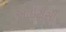
આઇટીસી